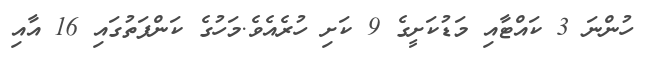
ހުންނަ 3 ކައްޓާއި މަޑުކަށީގެ 9 ކަށި ހުރެއެވެ.މަހުގެ ކަންފަތުގައި 16 އާއި